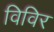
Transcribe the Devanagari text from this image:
विविर